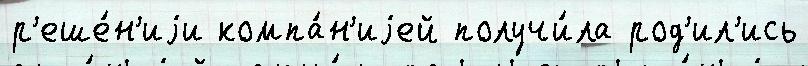
р'еше́н'иjи компа́н'иjей получи́ла род'ил'ись